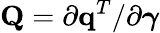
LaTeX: {\mathbf Q}=\partial{\mathbf q}^{T}/\partial\boldsymbol{\gamma}